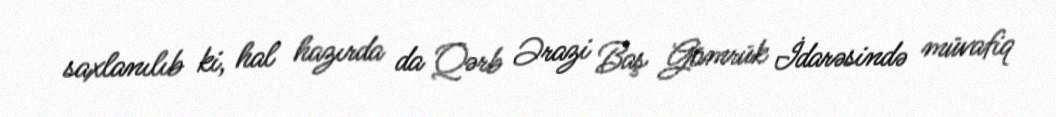
saxlanılıb ki, hal hazırda da Qərb Ərazi Baş Gömrük İdarəsində müvafiq